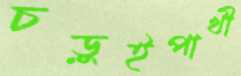
চড়ুইপাখী